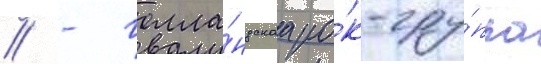
// - голла́ндскаа ро́к-гру́ппа